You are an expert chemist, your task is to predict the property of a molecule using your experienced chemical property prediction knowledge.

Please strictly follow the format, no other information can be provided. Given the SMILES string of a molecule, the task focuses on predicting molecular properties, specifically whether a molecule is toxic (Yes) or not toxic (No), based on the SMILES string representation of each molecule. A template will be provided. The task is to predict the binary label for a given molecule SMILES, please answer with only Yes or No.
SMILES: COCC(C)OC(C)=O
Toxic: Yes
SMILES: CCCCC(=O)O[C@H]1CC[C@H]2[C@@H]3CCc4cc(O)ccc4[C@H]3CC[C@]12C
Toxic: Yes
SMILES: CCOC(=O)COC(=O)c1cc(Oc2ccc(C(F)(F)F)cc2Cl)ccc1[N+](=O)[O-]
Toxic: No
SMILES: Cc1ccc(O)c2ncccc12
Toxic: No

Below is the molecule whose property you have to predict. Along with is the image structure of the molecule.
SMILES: COc1cc(C)nc(-n2nc(C)cc2OC)n1
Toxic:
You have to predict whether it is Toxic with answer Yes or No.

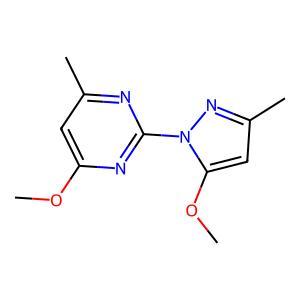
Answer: No